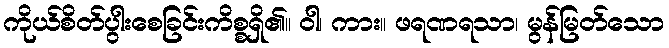
ကိုယ်စိတ်ပွါးစေခြင်းကိစ္စရှိ၏။ ဝါ၊ ကား။ ဖရဏရသာ၊ မွန်မြတ်သော